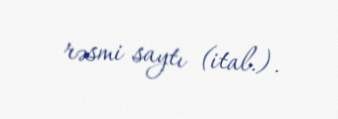
rəsmi saytı (ital.).